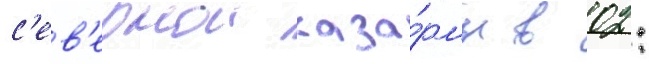
с'ев'ернои каза́рмы в 02: